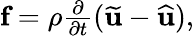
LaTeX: \begin{array}{r}{\textbf{f}=\rho\frac{\partial}{\partial t}(\widetilde{\textbf{u}}-\widehat{\textbf{u}}),}\end{array}